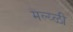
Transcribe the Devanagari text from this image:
मल्य्ळी